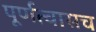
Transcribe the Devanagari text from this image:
पूर्णत्वासच